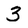
Character: 3